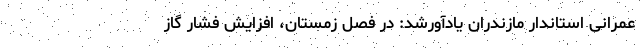
عمرانی استاندار مازندران یادآورشد: در فصل زمستان، افزایش فشار گاز